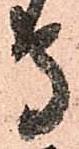
守